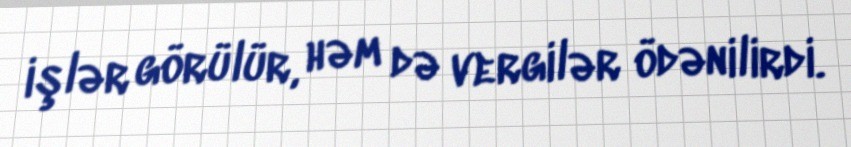
işlər görülür, həm də vergilər ödənilirdi.